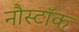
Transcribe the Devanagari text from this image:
नौस्टॉक